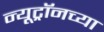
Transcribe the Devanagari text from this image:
न्यूट्रॉनच्या